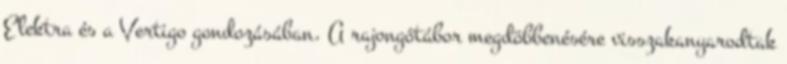
Elektra és a Vertigo gondozásában. A rajongótábor megdöbbenésére visszakanyarodtak